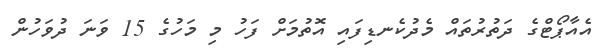
އެއާޕޯޓްގެ ދަތުރުތައް މެދުކެނޑިފައި އޮތުމަށް ފަހު މި މަހުގެ 15 ވަނަ ދުވަހުން